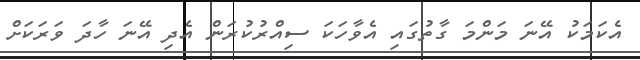
އެކަމަކު އޭނަ މަންމަ ގާތުގައި އެވާހަކަ ސިއްރުކުރަން އެދި އޭނަ ހާދަ ވަރަކަށް